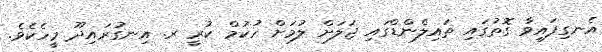
އެނގިފައިވާ ގޮތުގައި ތައިލެންޑްގައި ޖަލަށް ލުމަށް ހުކުމް ކުރީ ރ. އިނގުރައިދޫ މީހެކެވެ.